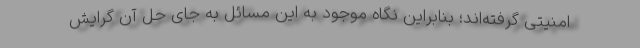
امنیتی گرفته‌اند؛ بنابراین نگاه موجود به این مسائل به جای حل آن گرایش